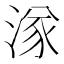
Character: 㴚